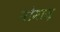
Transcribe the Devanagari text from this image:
मोमाज़